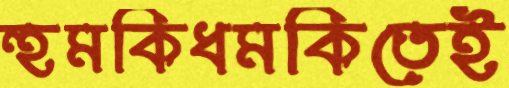
হুমকিধমকিতেই